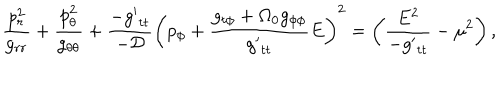
\frac { p _ { r } ^ { 2 } } { g _ { r r } } + \frac { p _ { \theta } ^ { 2 } } { g _ { \theta \theta } } + \frac { - { g ^ { \prime } } _ { t t } } { - \cal D } \left( p _ { \phi } + \frac { g _ { t \phi } + \Omega _ { 0 } g _ { \phi \phi } } { { g ^ { \prime } } _ { t t } } E \right) ^ { 2 } = \left( \frac { E ^ { 2 } } { - { g ^ { \prime } } _ { t t } } - \mu ^ { 2 } \right) ,